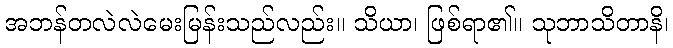
အဘန်တလဲလဲမေးမြန်းသည်လည်း။ သိယာ၊ ဖြစ်ရာ၏။ သုဘာသိတာနိ၊